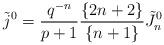
LaTeX: \begin{align*}\tilde j^0 = {q^{-n} \over p+1} {\{2n+2\} \over \{n+1\}} \tilde J^0_n\end{align*}